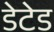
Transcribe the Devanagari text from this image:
डेटेड